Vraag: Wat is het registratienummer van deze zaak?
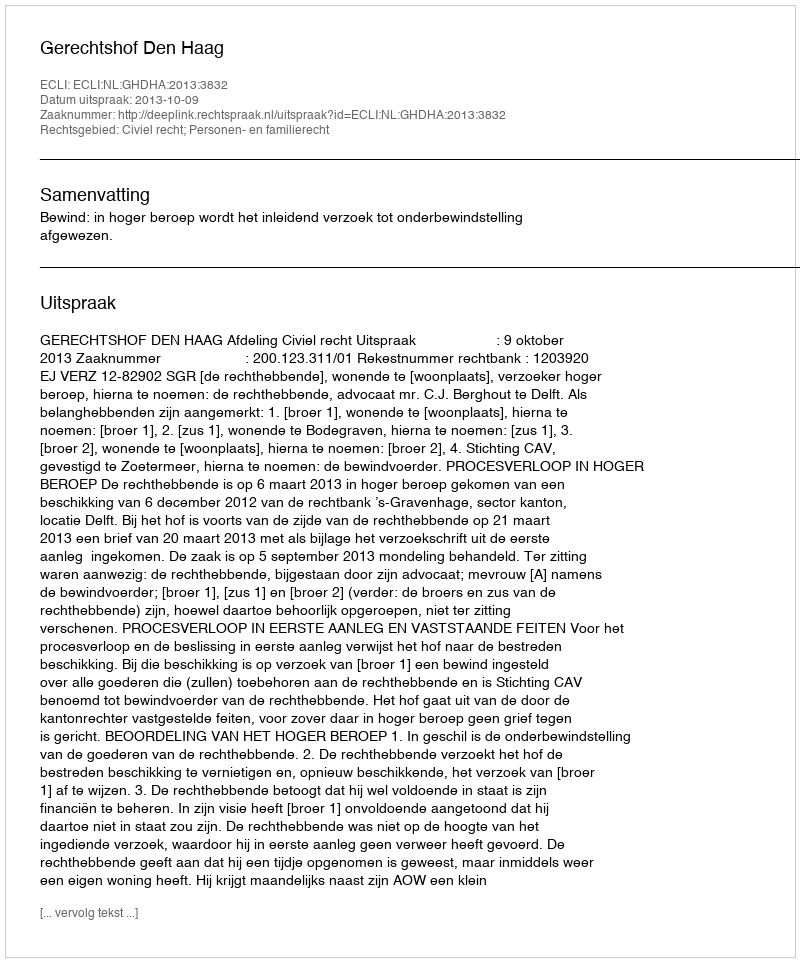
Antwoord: http://deeplink.rechtspraak.nl/uitspraak?id=ECLI:NL:GHDHA:2013:3832